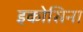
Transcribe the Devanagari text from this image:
इकोसिना